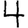
Digit: 4